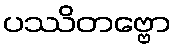
ပဿိတဗ္ဗော